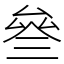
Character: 叄